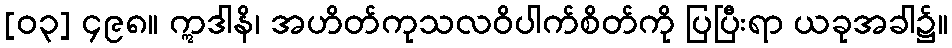
[၀၃] ၄၉၈။ ဣဒါနိ၊ အဟိတ်ကုသလဝိပါက်စိတ်ကို ပြပြီးရာ ယခုအခါ၌။